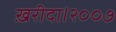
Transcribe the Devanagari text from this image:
ख़रीदा।२००७